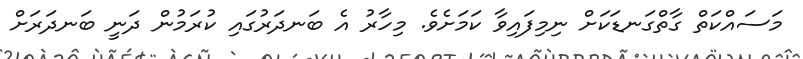
މަސައްކަތް ގާތްގަނޑަކަށް ނިމިފައިވާ ކަމަށެވެ. މިހާރު އެ ބަނދަރުގައި ކުރަމުން ދަނީ ބަނދަރަށް